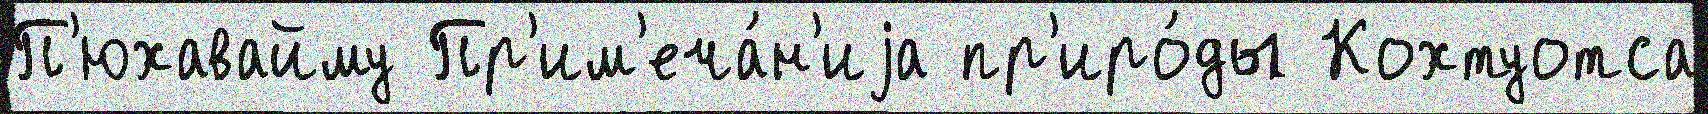
П'юхавайму Пр'им'еча́н'иjа пр'иро́ды Кохтуотса